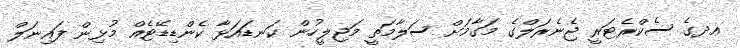
އދގެ ސެކްރެޓަރީ ޖެނެރަލްގެ މަގާމަށް ސަލާމަތީ މަޖިލީހުން ކަނޑައަޅާ ކެންޑިޑޭޓެއް މުޅިން ފައިނަލް